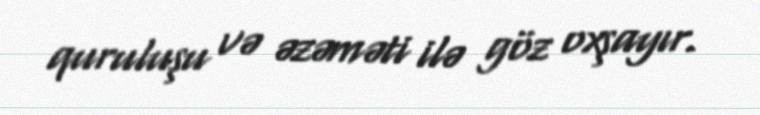
quruluşu və əzəməti ilə göz oxşayır.